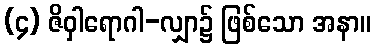
(၄) ဇိဝှါရောဂါ-လျှာ၌ ဖြစ်သော အနာ။